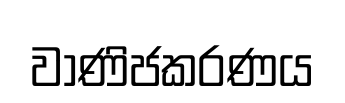
වාණිජකරණය